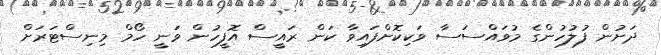
ދަށުން ފުލުހުންގެ މުވައްސަސާ ވަކިކޮށްފައިވާ ކަން ރައީސް އޮފީހުން ވަނީ ހޯމް މިނިސްޓަރަށް